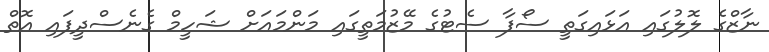
ނާޒްގެ ލޮލުގައި އަޅައިގަތީ ސޯފާ ސެޓުގެ މޭޒުމަތީގައި މަންމައަށް ޝަހީމް ގެނެސްދީފައި އޮތް